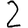
Digit: 2